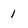
Character: 1